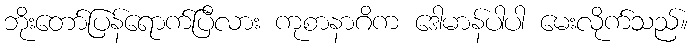
ဘိုးတော်ပြန်ရောက်ပြီလား ကုစာနာဂိက ဒေါမာန်ပါပါ မေးလိုက်သည်။